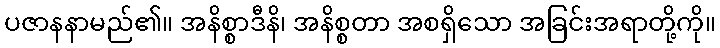
ပဇာနနာမည်၏။ အနိစ္စာဒီနိ၊ အနိစ္စတာ အစရှိသော အခြင်းအရာတို့ကို။